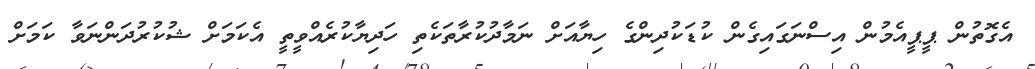
އެގޮތުން ޕީޕީއެމުން އިސްނަގައިގެން ކުޑަކުދިންގެ ހިޔާއަށް ނަމާދުކުރާތަކެތި ހަދިޔާކުރެއްވީތީ އެކަމަށް ޝުކުރުދަންނަވާ ކަމަށް